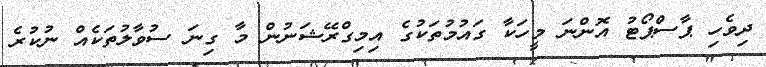
ދިވެހި ޕާސްޕޯޓު އޮންނަ މީހަކާ ގައުމުތަކުގެ އިމިގްރޭޝަނުން މާ ގިނަ ސުވާލުތަކެއް ނުކުރެ